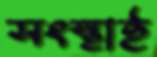
সংস্থাই